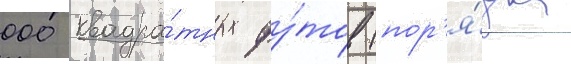
000 квадра́тных фу́тов (пор'я́дка